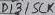
Text: D3